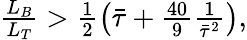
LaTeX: \begin{array}{r}{\frac{L_{B}}{L_{T}}>\frac{1}{2}\left(\bar{\tau}+\frac{40}{9}\frac{1}{\bar{\tau}^{2}}\right),}\end{array}